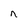
Character: n